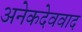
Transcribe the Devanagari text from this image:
अनेकदेववाद